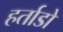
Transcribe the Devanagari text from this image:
हर्ताडो